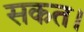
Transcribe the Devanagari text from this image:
सकत।